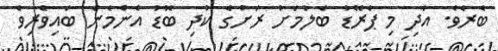
ބެރެވެ. އަދި މި ޕެރޭޑު ބެލުމަށް ރަށުގެ ކުދި ބޮޑު އެންމެން ބައިވެރިވެ